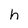
Character: h